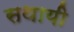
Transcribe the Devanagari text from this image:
सथायी